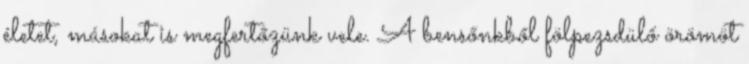
életet, másokat is megfertőzünk vele. A bensőnkből fölpezsdülő örömöt